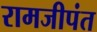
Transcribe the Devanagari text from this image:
रामजीपंत